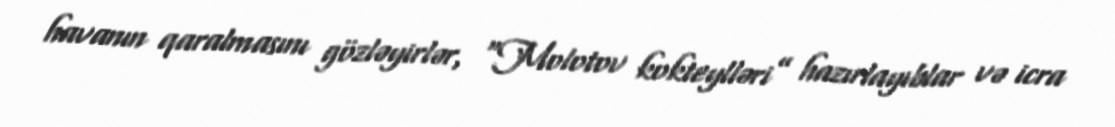
havanın qaralmasını gözləyirlər, “Molotov kokteylləri” hazırlayıblar və icra